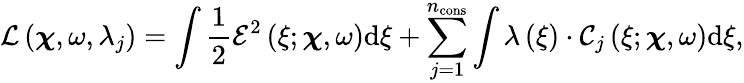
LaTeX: \mathcal{L}\left(\boldsymbol\chi,\omega,\lambda_{j}\right)=\int\frac{1}{2}\mathcal{E}^{2}\left(\xi;\boldsymbol\chi,\omega\right)\mathrm{d}\xi+\sum_{j=1}^{n_{\mathrm{{cons}}}}\int\lambda\left(\xi\right)\cdot\mathcal{C}_{j}\left(\xi;\boldsymbol\chi,\omega\right)\mathrm{d}\xi,